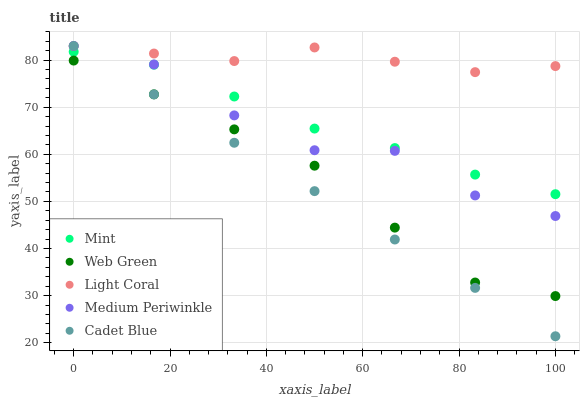
| xaxis_label | Mint | Web Green | Light Coral | Medium Periwinkle | Cadet Blue |
 | --- | --- | --- | --- | --- | --- |
 | 0 | 81.8 | 79.9 | 83 | 83 | 83 |
 | 16.7 | 79 | 72.7 | 81.4 | 79.1 | 72.7 |
 | 33.3 | 72.3 | 65.3 | 79.8 | 68.3 | 62.5 |
 | 50 | 65.5 | 57.6 | 82.7 | 60.9 | 52.2 |
 | 66.7 | 61.3 | 44.4 | 79.7 | 60.7 | 41.9 |
 | 83.3 | 55.7 | 32.8 | 77.4 | 51.3 | 31.6 |
 | 100 | 51.5 | 29.9 | 78.7 | 46.9 | 21.4 |